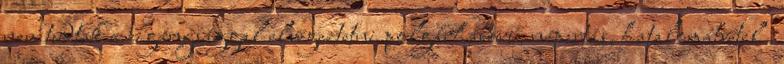
nem tudtak a cigánysággal elvégeztetni polgárháború, népirtás, hatalomátvétel ,